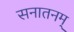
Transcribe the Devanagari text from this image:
सनातनम्